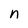
Character: n